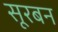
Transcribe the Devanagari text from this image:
सूरबन